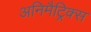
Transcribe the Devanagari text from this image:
अनिमैट्रिक्स